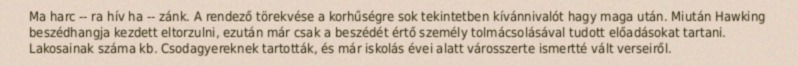
Ma harc -- ra hív ha -- zánk. A rendező törekvése a korhűségre sok tekintetben kívánnivalót hagy maga után. Miután Hawking beszédhangja kezdett eltorzulni, ezután már csak a beszédét értő személy tolmácsolásával tudott előadásokat tartani. Lakosainak száma kb. Csodagyereknek tartották, és már iskolás évei alatt városszerte ismertté vált verseiről.